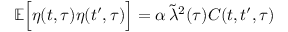
\mathbb { E } \Big [ \eta ( t , \tau ) \eta ( t ^ { \prime } , \tau ) \Big ] = \alpha \, \tilde { \lambda } ^ { 2 } ( \tau ) C ( t , t ^ { \prime } , \tau )